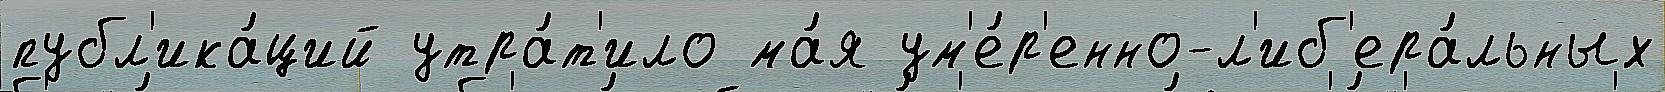
публ'ика́ций утра́т'ило ма́я ум'е́р'енно-л'иб'ера́льных